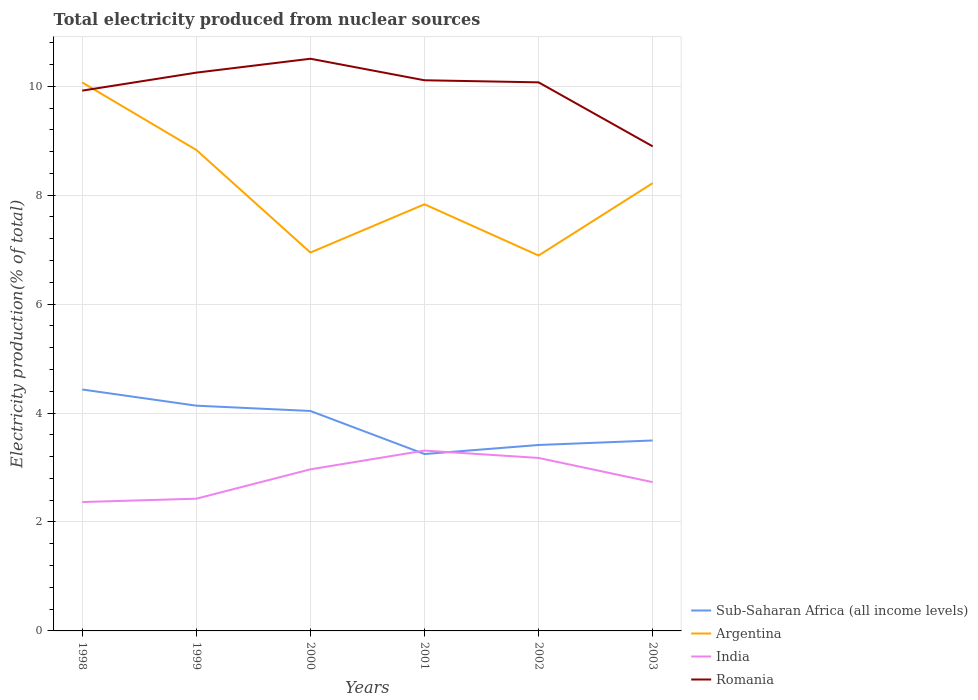
| Years | Sub-Saharan Africa (all income levels) | Argentina | India | Romania |
 | --- | --- | --- | --- | --- |
 | 1998 | 4.43 | 10.1 | 2.37 | 9.92 |
 | 1999 | 4.14 | 8.83 | 2.43 | 10.3 |
 | 2000 | 4.04 | 6.95 | 2.97 | 10.5 |
 | 2001 | 3.25 | 7.83 | 3.31 | 10.1 |
 | 2002 | 3.41 | 6.89 | 3.18 | 10.1 |
 | 2003 | 3.5 | 8.22 | 2.73 | 8.9 |